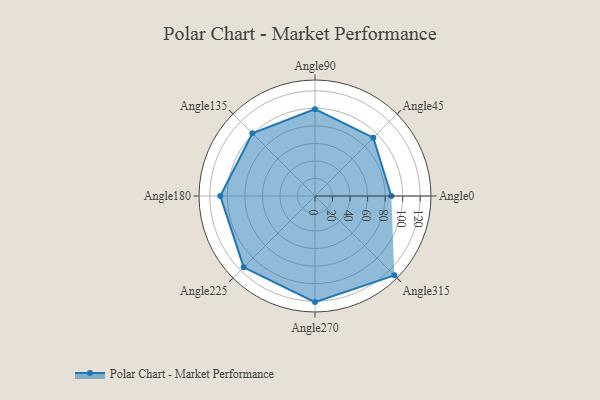
{"axis": {"x": "Angle", "y": "Radius"}, "legend": [""], "data": [{"x": "Angle0", "y": 87.0, "type": ""}, {"x": "Angle45", "y": 94.0, "type": ""}, {"x": "Angle90", "y": 99.0, "type": ""}, {"x": "Angle135", "y": 101.0, "type": ""}, {"x": "Angle180", "y": 108.0, "type": ""}, {"x": "Angle225", "y": 115.0, "type": ""}, {"x": "Angle270", "y": 121.0, "type": ""}, {"x": "Angle315", "y": 128.0, "type": ""}]}